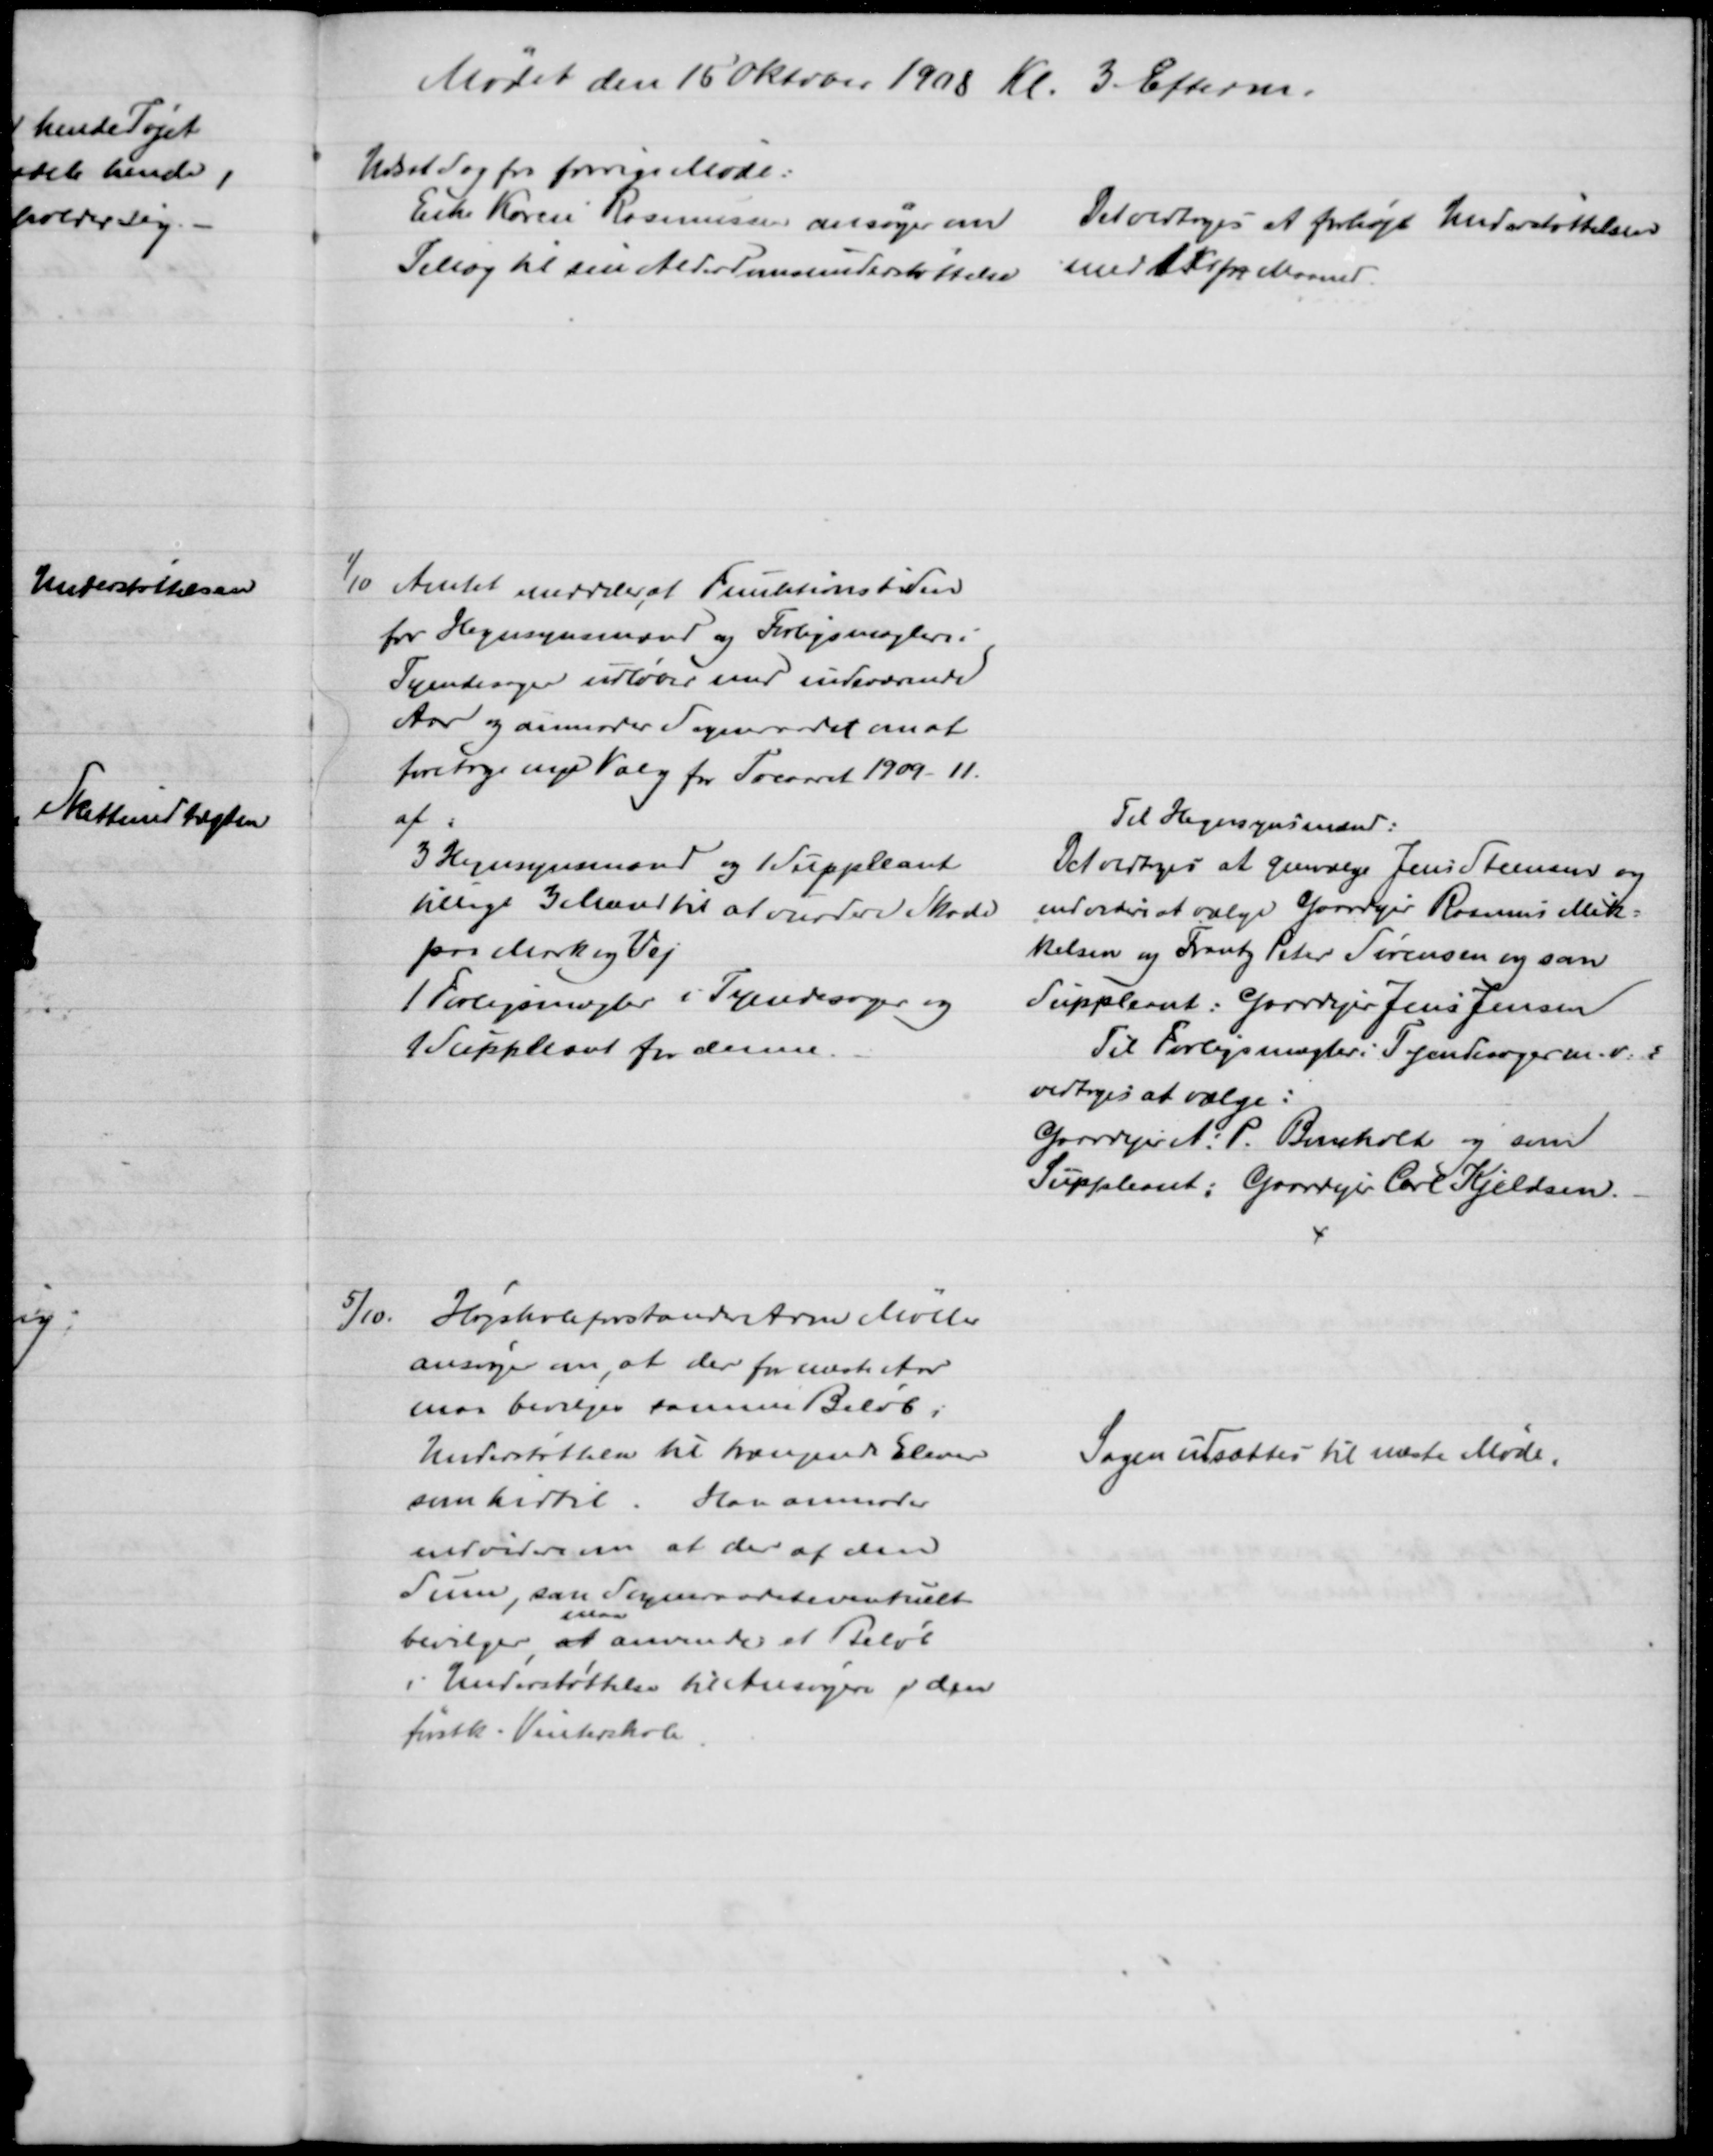
Transskription:
Mødet den 15 Oktober 1908 Kl. 3 Efterm.
Udsat Sag for forrige Møde:.
Enke Karen Rasmussen ansøger om 
Tillæg til sin Alderdomsunderstøttelse 
Det vedtoges at forhøje Understøttelsen
med 1 Kr pr Maaned.
1/10 Amtet meddeler, at Funktionstiden
for Hegnsynsmænd og Forligsmæglere i
Tyendesager udløber med indeværende
Aar og anmoder Sogneraadet om at
foretage nye Valg for Treaaret 1909 - 11.
af:
3 Hegnsynsmænd og 1 Suppleant
tillige 3 Mænd til at vurdere Skade
paa Mark og Vej
1 Forligsmægler i Tyendesager og
1 Suppleant for denne.
Til Hegnsynsmænd:
Det vedtoges at genvælge Jens Steensen og
endvidere at vælge Gaardejer Rasmus Mik=
kelsen og Frantz Peter Sørensen og som
Suppleant: Gaardejer Jens Jensen
Til Forligsmægler i Tyendesager m. v.
vedtoges at vælge:
Gaardejer A: P. Bomholt og som
Suppleant: Gaardejer Carl Kjeldsen.
5/10. Højskoleforstander Arne Møller
ansøger om, at der for næste Aar
maa bevilges samme Beløb i
Understøttelse til trængende Elever
som hidtil. Han anmoder
endvidere om at der af den
Sum, som Sogneraadet eventuelt
bevilger, at 
maa
anvendes et Beløb
i Understøttelse til Ansøgere i den
førstk. Vinterskole.
Sagen udsættes til næste Møde.